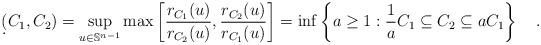
LaTeX: \begin{align*}\d(C_1,C_2)=\sup_{u\in\mathbb{S}^{n-1}}\max\left[\frac{r_{C_1}(u)}{r_{C_2}(u)},\frac{r_{C_2}(u)}{r_{C_1}(u)}\right]=\inf \left\{a\geq 1: \frac{1}{a}C_1\subseteq C_2 \subseteq a C_1\right\}\quad.\end{align*}